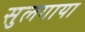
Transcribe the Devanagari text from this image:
सुलगाया